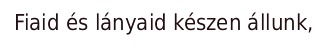
Fiaid és lányaid készen állunk,